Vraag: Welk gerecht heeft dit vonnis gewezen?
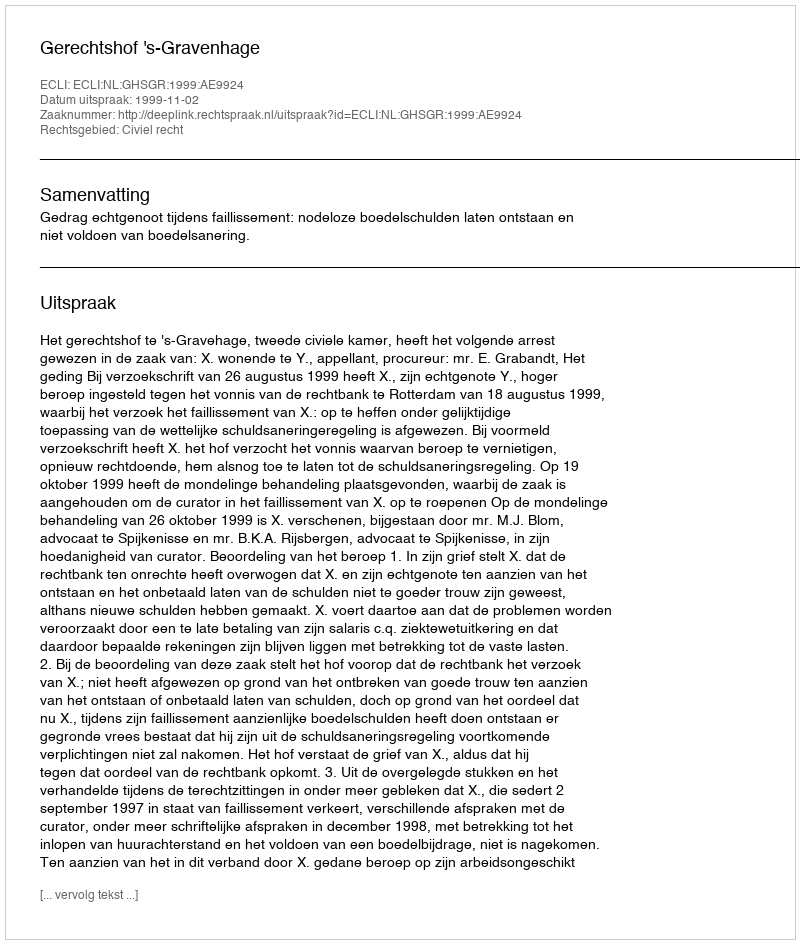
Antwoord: Gerechtshof 's-Gravenhage